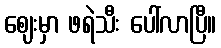
ဈေးမှာ ဖရဲသီး ပေါ်လာပြီ။